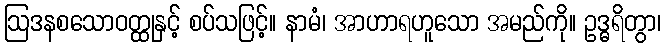
ဩဒနစသောဝတ္ထုနှင့် စပ်သဖြင့်။ နာမံ၊ အာဟာရဟူသော အမည်ကို။ ဥဒ္ဓရိတွာ၊